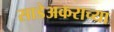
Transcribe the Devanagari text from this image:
साडेअकराच्या